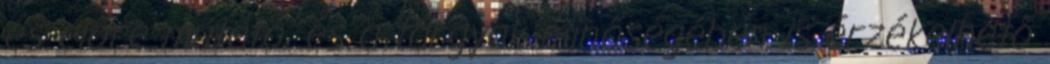
és előre mutató, és a tárgyak minőségében is érzékelhető